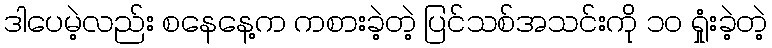
ဒါပေမဲ့လည်း စနေနေ့က ကစားခဲ့တဲ့ ပြင်သစ်အသင်းကို ၁၀ ရှုံးခဲ့တဲ့